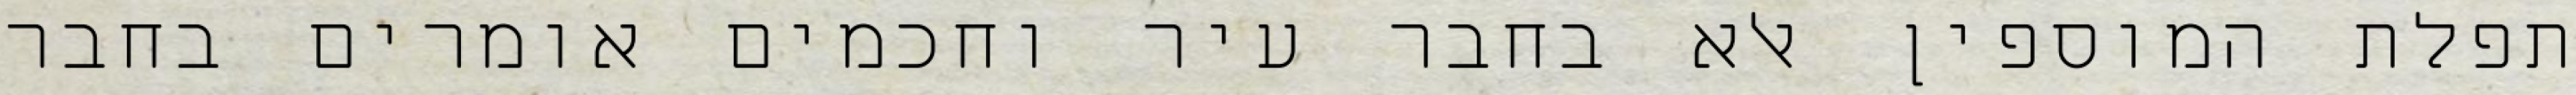
תפלת המוספין אלא בחבר עיר וחכמים אומרים בחבר